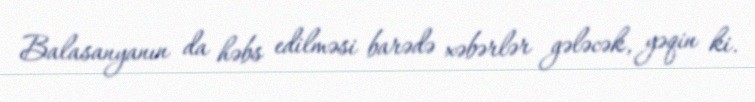
Balasanyanın da həbs edilməsi barədə xəbərlər gələcək, yəqin ki.